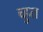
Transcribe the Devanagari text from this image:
च्हुत